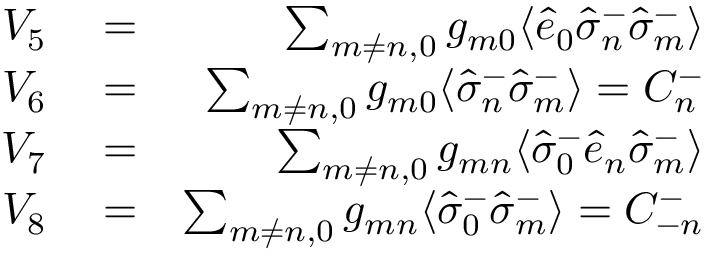
\begin{array} { r l r } { V _ { 5 } } & { { } = } & { \sum _ { m \neq n , 0 } g _ { m 0 } \langle \hat { e } _ { 0 } \hat { \sigma } _ { n } ^ { - } \hat { \sigma } _ { m } ^ { - } \rangle } \\ { V _ { 6 } } & { { } = } & { \sum _ { m \neq n , 0 } g _ { m 0 } \langle \hat { \sigma } _ { n } ^ { - } \hat { \sigma } _ { m } ^ { - } \rangle = { \cal C } _ { n } ^ { - } } \\ { V _ { 7 } } & { { } = } & { \sum _ { m \neq n , 0 } g _ { m n } \langle \hat { \sigma } _ { 0 } ^ { - } \hat { e } _ { n } \hat { \sigma } _ { m } ^ { - } \rangle } \\ { V _ { 8 } } & { { } = } & { \sum _ { m \neq n , 0 } g _ { m n } \langle \hat { \sigma } _ { 0 } ^ { - } \hat { \sigma } _ { m } ^ { - } \rangle = { \cal C } _ { - n } ^ { - } } \end{array}